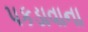
પકડાવાના